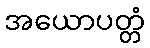
အယောပတ္တံ